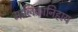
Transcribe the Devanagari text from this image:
मालिकानिहाय